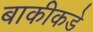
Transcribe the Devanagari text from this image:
बाकीकडे